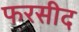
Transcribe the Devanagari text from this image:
फरसीद